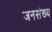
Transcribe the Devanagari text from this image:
जनसंख्य